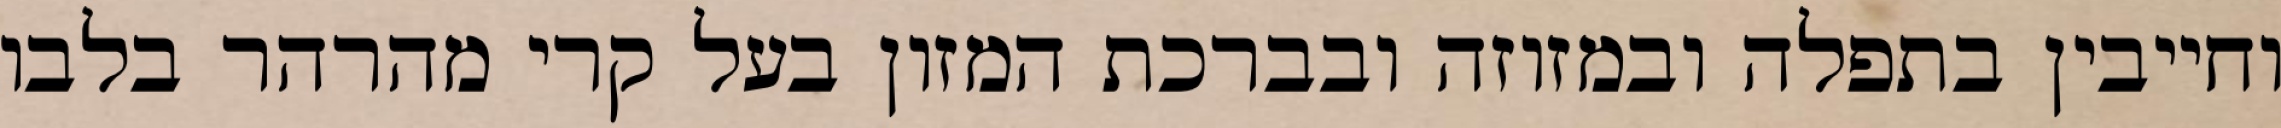
וחייבין בתפלה ובמזוזה ובברכת המזון בעל קרי מהרהר בלבו